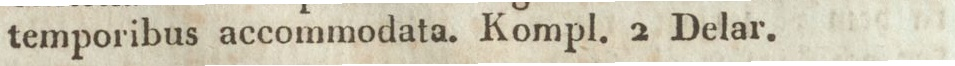
temporibus accommodata. Kompl. 2 Delar.